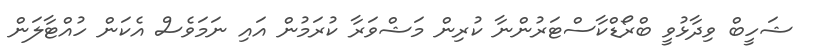
ޝަހީބް ވިދާޅުވީ ބްރޯޑްކާސްޓަރުންނާ ކުރިން މަޝްވަރާ ކުރަމުން އައި ނަމަވެސް އެކަން ހުއްޓާލަން